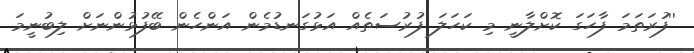
''ފުރަތަމަ ފާހަގަ ކޮށްލާނީ މި ކަހަލަ ފުރުސަތެއް އަޅުގަނޑުމެން އަންހެން ބޭފުޅުންނަށް ލިބުނީމަ